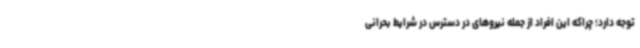
توجه دارد؛ چراکه این افراد از جمله نیروهای در دسترس در شرایط بحرانی